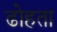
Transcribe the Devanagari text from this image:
ढोहता